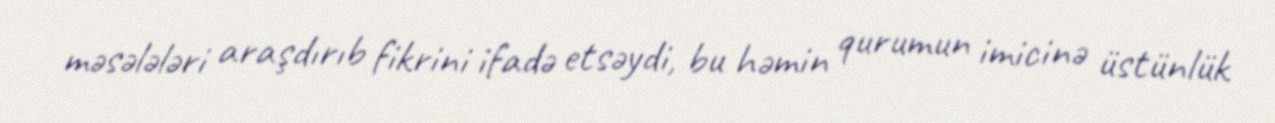
məsələləri araşdırıb fikrini ifadə etsəydi, bu həmin qurumun imicinə üstünlük